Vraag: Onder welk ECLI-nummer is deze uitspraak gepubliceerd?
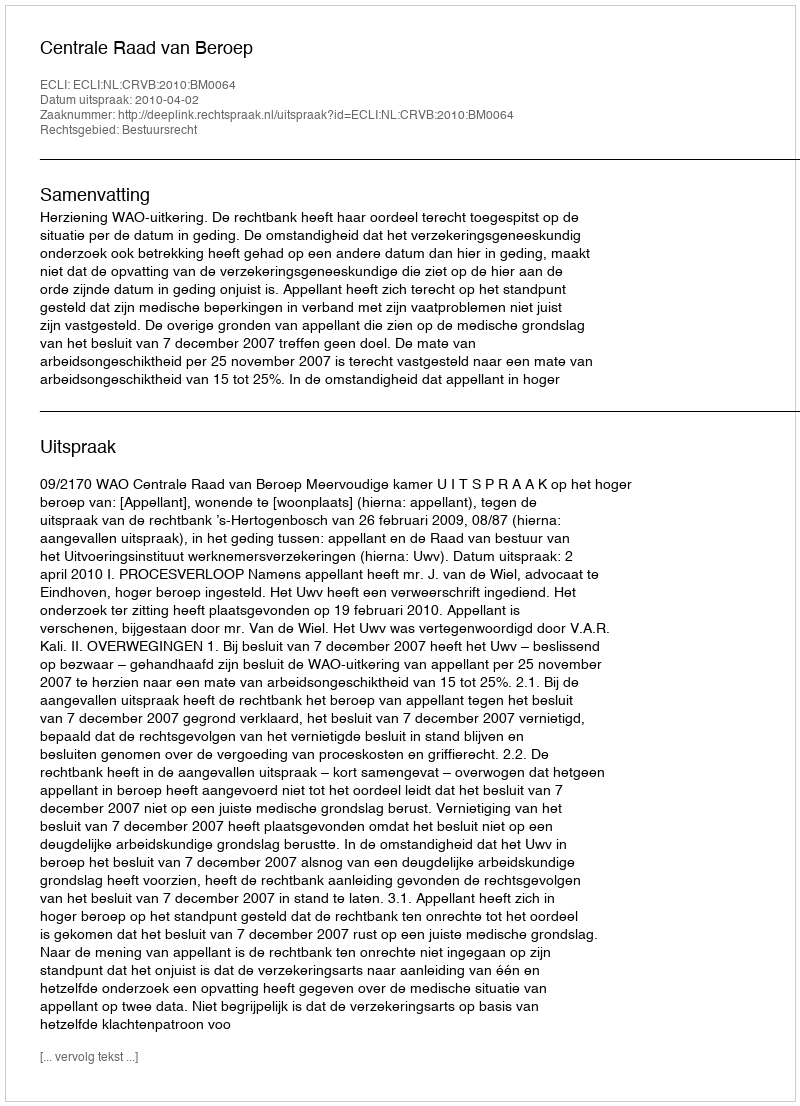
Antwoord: ECLI:NL:CRVB:2010:BM0064